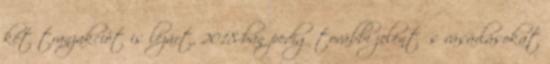
két tranzakciót is lezárt, 2018-ban pedig további jelentős vásárlásokat